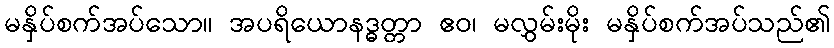
မနှိပ်စက်အပ်သော။ အပရိယောနဒ္ဓတ္တာ ဧဝ၊ မလွှမ်းမိုး မနှိပ်စက်အပ်သည်၏